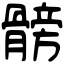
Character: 髈